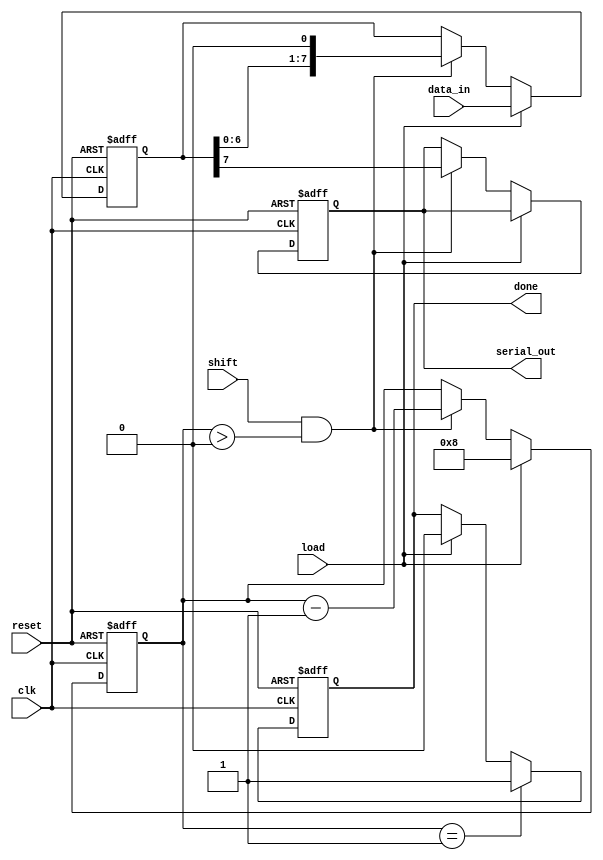
module loadable_piso (
    input wire clk,        // Clock signal
    input wire reset,      // Reset signal
    input wire load,       // Load control signal
    input wire shift,      // Shift control signal
    input wire [n-1:0] data_in, // Parallel data input
    output reg serial_out, // Serial output
    output reg done        // Signal indicating shifting complete
);
    parameter n = 8; // Width of the data input (number of flip-flops)

    reg [n-1:0] shift_reg; // Shift register to hold the data
    reg [3:0] shift_count;  // Counter to keep track of shifted bits

    always @(posedge clk or posedge reset) begin
        if (reset) begin
            shift_reg <= 0;   // Clear the register on reset
            serial_out <= 0;  // Output is cleared
            done <= 0;        // Reset done signal
            shift_count <= 0;  // Reset shift counter
        end else begin
            if (load) begin
                shift_reg <= data_in; // Load data into shift register
                shift_count <= n;      // Set the count to the width of the data
                done <= 0;             // Reset done signal
            end else if (shift && shift_count > 0) begin
                serial_out <= shift_reg[n-1]; // Output the MSB
                shift_reg <= {shift_reg[n-2:0], 1'b0}; // Shift right
                shift_count <= shift_count - 1; // Decrease the shift count
            end

            if (shift_count == 1) begin
                done <= 1; // Set done signal when all bits have been shifted out
            end
        end
    end
endmodule